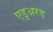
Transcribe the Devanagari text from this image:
एडुअरड